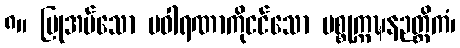
၈။ ပြုအပ်သော ပဝါရဏာကိုငင်သော ပစ္စုက္ကဍ္ဎနဉတ္တိကံ၊